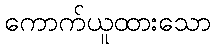
ကောက်ယူထားသော